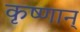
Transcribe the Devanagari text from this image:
कृष्णान्‌